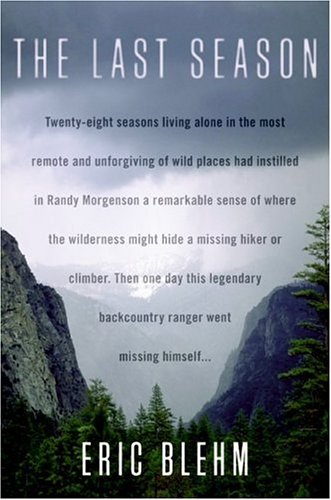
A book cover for The Last Season; Eric Blehm; Science & Math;